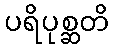
ပရိပုစ္ဆတိ